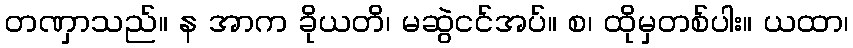
တဏှာသည်။ န အာက ခိုယတိ၊ မဆွဲငင်အပ်။ စ၊ ထိုမှတစ်ပါး။ ယထာ၊